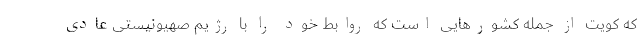
که کویت از جمله کشورهایی است که روابط خود را با رژیم صهیونیستی عادی